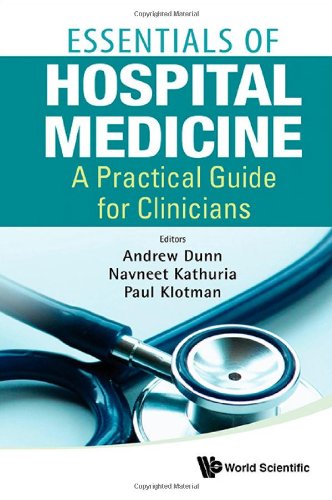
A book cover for Essentials of Hospital Medicine: A Practical Guide for Clinicians; Andrew Dunn; Medical Books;